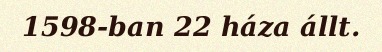
1598-ban 22 háza állt.